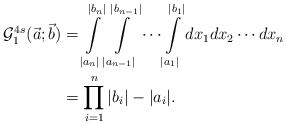
\begin{align*}\mathcal{G}^{4s}_{1}(\vec{a};\vec{b})&=\int \limits_{|a_n|}^{|b_n|} \int \limits_{|a_{n-1}|}^{|b_{n-1}|}\cdots \int \limits_{|a_1|}^{|b_1|}dx_1dx_2\cdots dx_n \\&=\prod_{i=1}^{n}|b_i|-|a_i|.\end{align*}